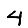
Digit: 4